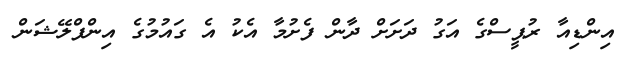
އިންޑިއާ ރުޕީސްގެ އަގު ދަށަށް ދާން ފެށުމާ އެކު އެ ގައުމުގެ އިންފްލޭޝަން